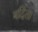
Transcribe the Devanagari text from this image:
बदिता